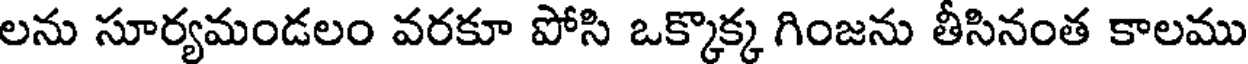
లను సూర్యమండలం వరకూ పోసి ఒక్కొక్క గింజను తీసినంత కాలము